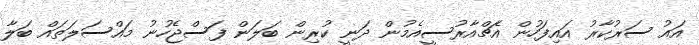
އައު ސަރުކާރު އައިފަހުން އެޗްއާރުސީއެމުން ދަނީ ކުރިން ބަލަން ފަސްޖެހުނު މައްސަލަތައް ބަލާ